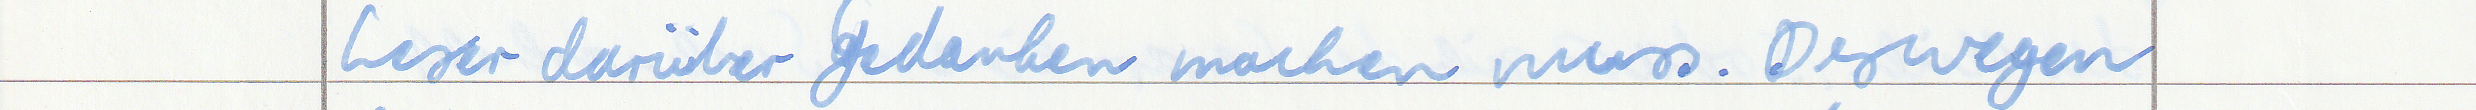
Leser darüber Gedanken machen muss. Deswegen